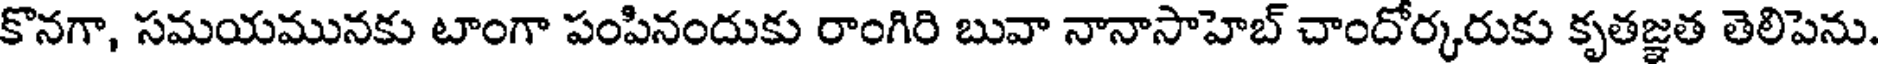
కొనగా, సమయమునకు టాంగా పంపినందుకు రాంగిరి బువా నానాసాహెబ్ చాందోర్కరుకు కృతజ్ఞత తెలిపెను.